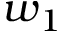
w _ { 1 }